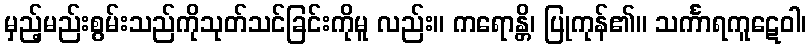
မှည့်မည်းစွမ်းသည်ကိုသုတ်သင်ခြင်းကိုမူ လည်း။ ကရောန္တိ၊ ပြုကုန်၏။ သင်္ကာရကူဋေဝါ၊